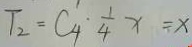
T _ { 2 } = C _ { 4 } \cdot \frac { 1 } { 4 } x = x